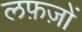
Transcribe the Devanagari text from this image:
लफ़ज़ों